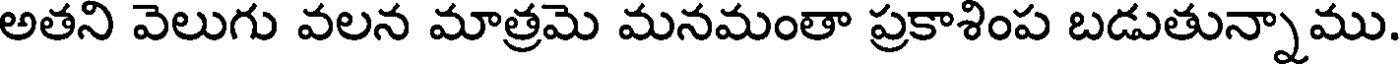
అతని వెలుగు వలన మాత్రమె మనమంతా ప్రకాశింప బడుతున్నాము.